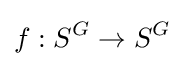
f:S^{G}\to S^{G}